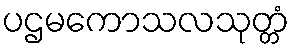
ပဌမကောသလသုတ္တံ